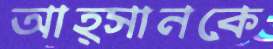
আহ্সানকে